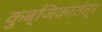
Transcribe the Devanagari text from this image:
कुब्जिकातंत्र